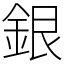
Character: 銀